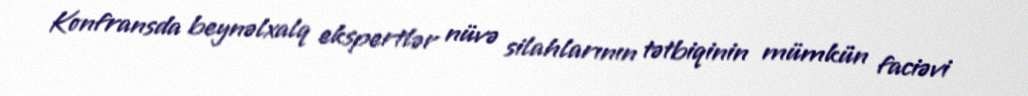
Konfransda beynəlxalq ekspertlər nüvə silahlarının tətbiqinin mümkün faciəvi